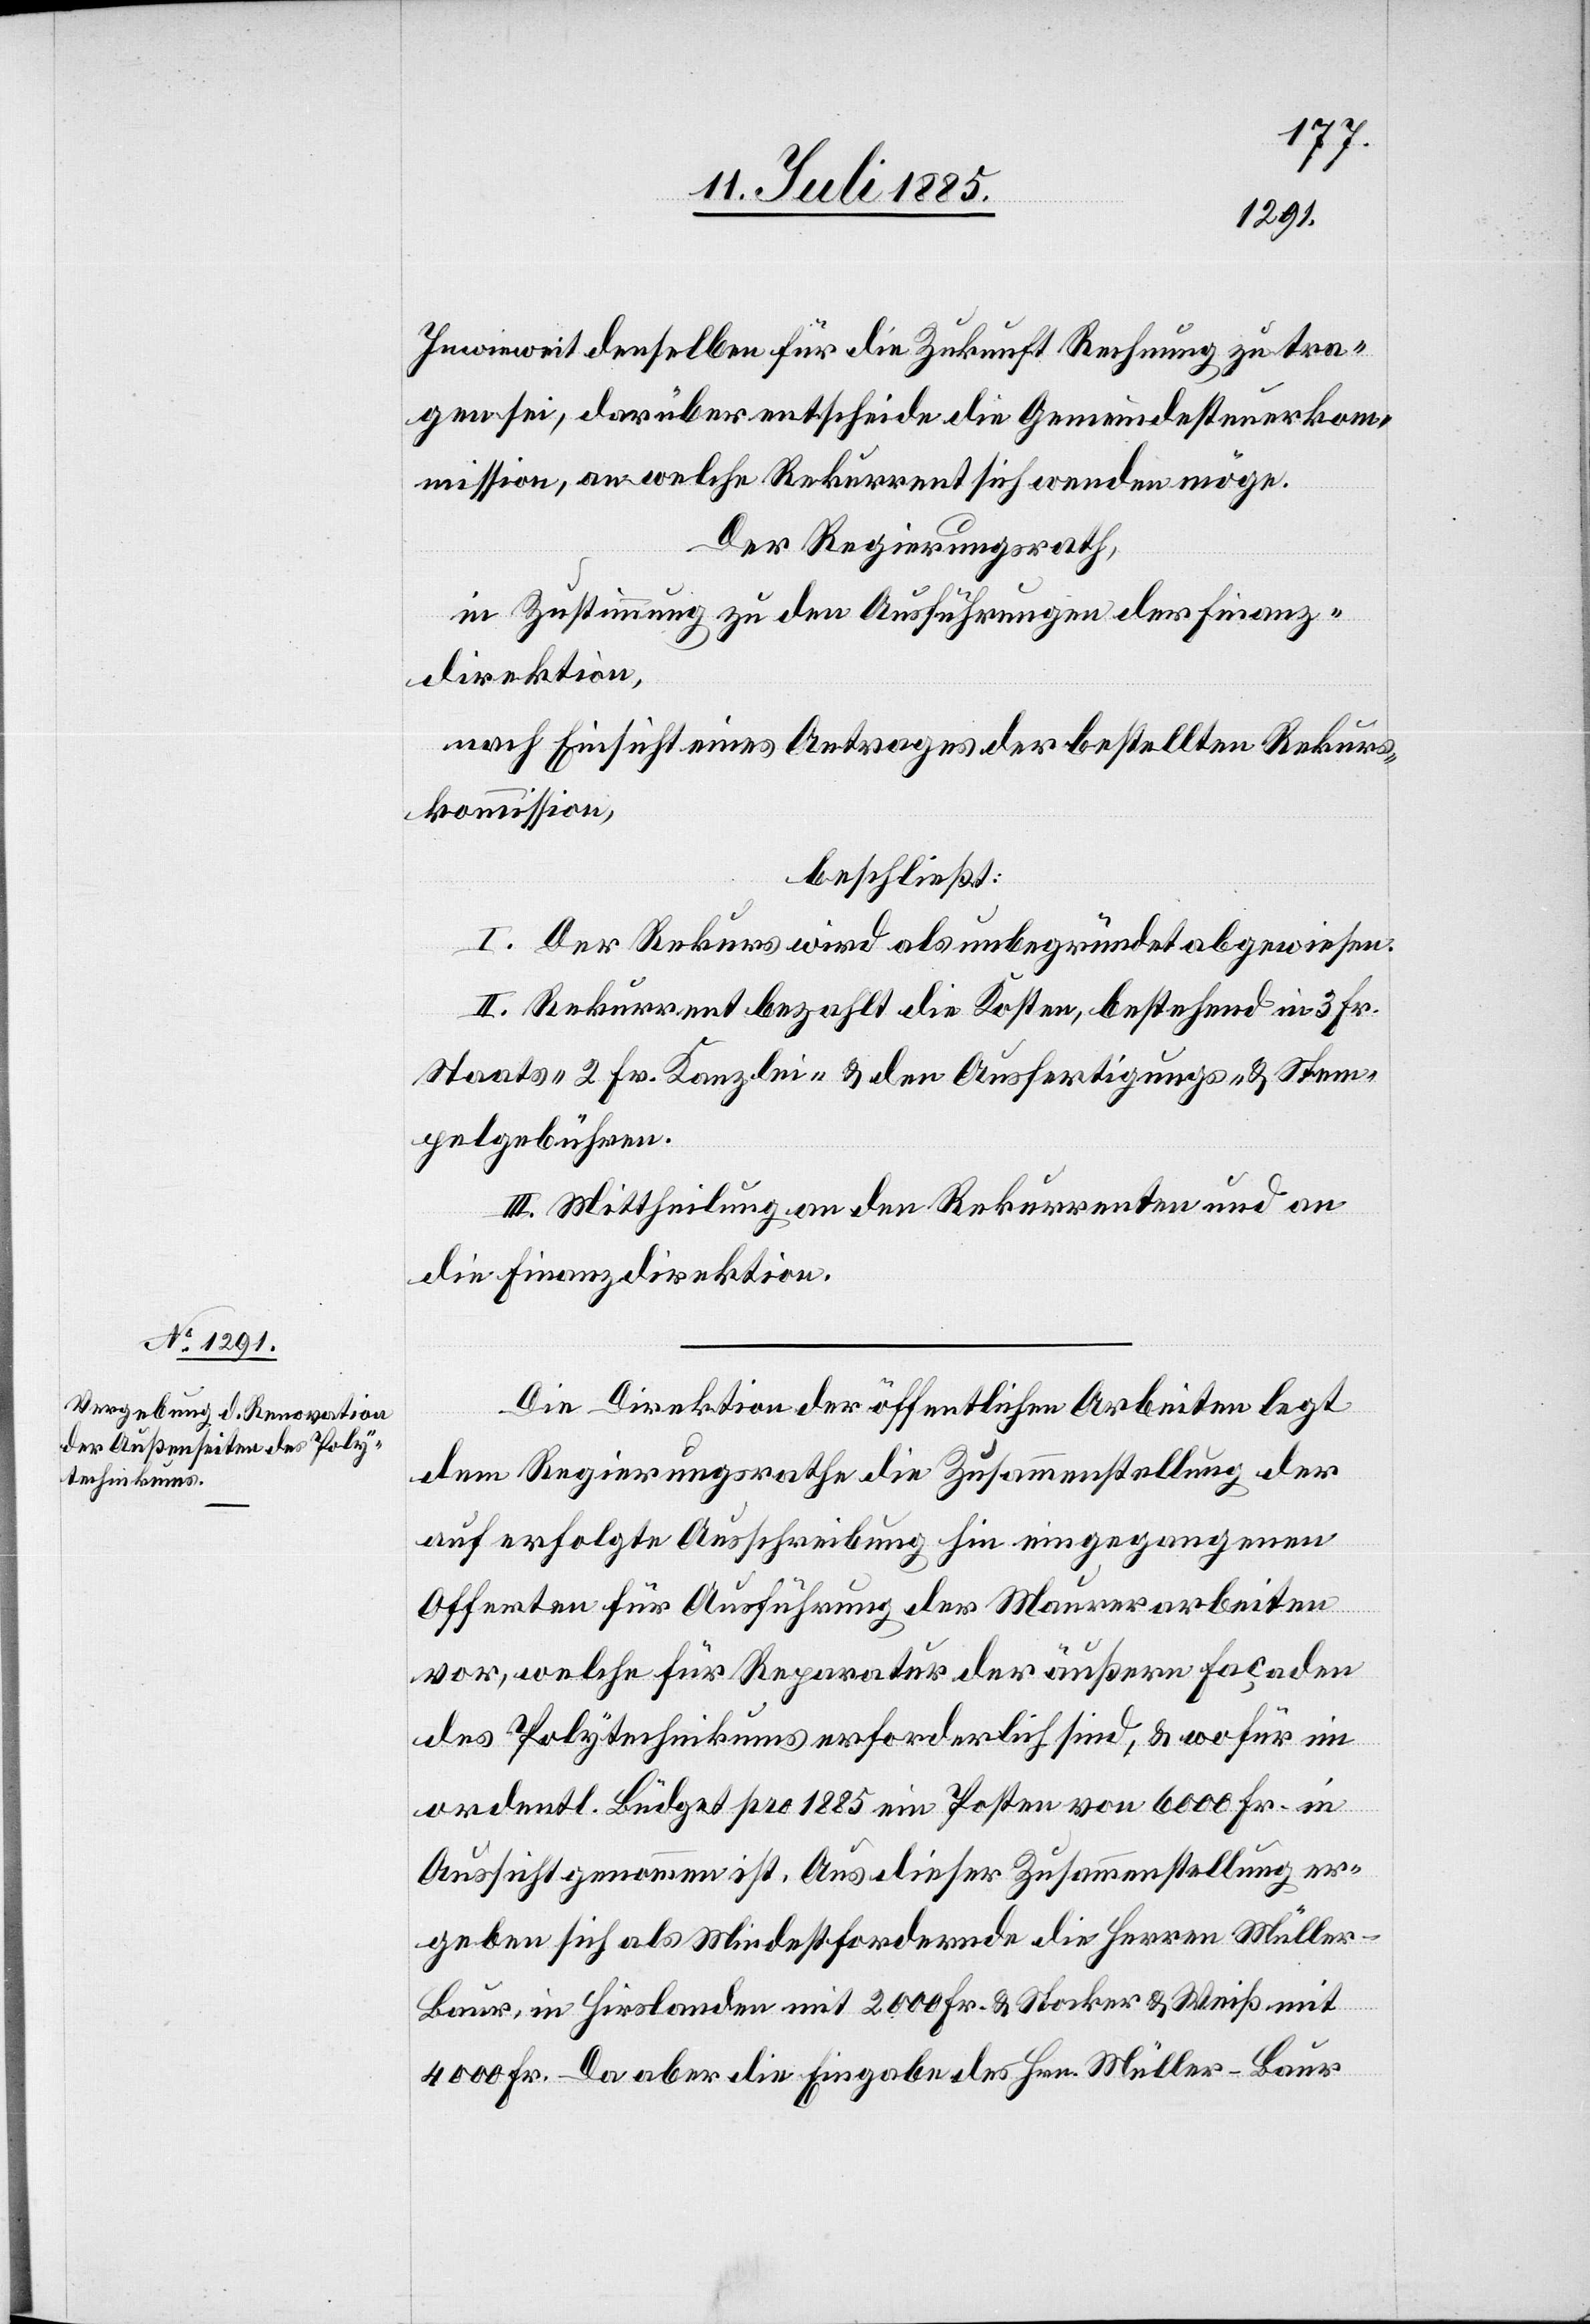
Inwieweit derselben für die Zukunft Rechnung zu tra¬
gen sei, darüber entscheide die Gemeindesteuerkom¬
mission, an welche Rekurrent sich wenden möge.
Der Regierungsrath,
in Zustimmung zu den Ausführungen der Finanz¬
direktion,
nach Einsicht eines Antrages der bestellten Rekurs¬
kommission,
beschließt:
I. Der Rekurs wird als unbegründet abgewiesen.
II. Der Rekurrent bezahlt die Kosten, bestehend aus 3 Fr.
Staats-[,] 2 Fr. Kanzlei- & den Ausfertigungs- & Stem¬
pelgebühren.
III. Mittheilung an den Rekurrenten und an
die Finanzdirektion.
Die Direktion der öffentlichen Arbeiten legt
dem Regierungsrathe die Zusammenstellung der
auf erfolgte Ausschreibung hin eingegangenen
Offerten für Ausführung der Maurerarbeiten
vor, welche für Reparatur der äußern Façaden
des Polytechnikums erforderlich sind, & wofür im
ordentl. Büdget pro 1885 ein Posten von 6000 Fr. in
Aussicht genommen ist. Aus dieser Zusammenstellung er¬
geben sich als Mindestfordernde die Herren Mülle¬
r-Baur, in Hirslanden mit 2000 Fr. & Stocker & Weiß mit
4000 Fr. Da aber die Eingabe des Hrn. Müller-Baur